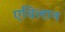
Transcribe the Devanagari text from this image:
एविलान